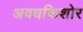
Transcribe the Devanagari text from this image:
अवधकिशोर